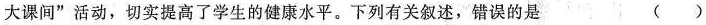
大课间”活动，切实提高了学生的健康水平。下列有关叙述，错误的是（）